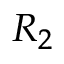
R _ { 2 }